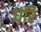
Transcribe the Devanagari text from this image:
घरि